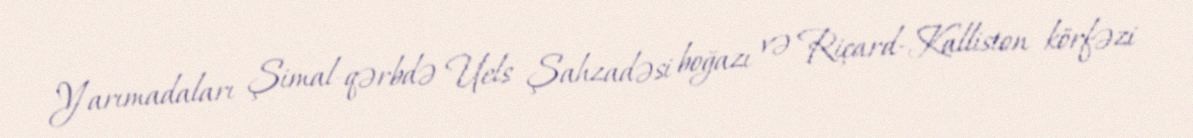
Yarımadaları Şimal-qərbdə Uels Şahzadəsi boğazı və Riçard-Kalliston körfəzi